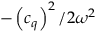
- \left( c _ { q } \right) ^ { 2 } / 2 \omega ^ { 2 }